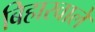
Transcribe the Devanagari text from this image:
बिहारवाले